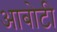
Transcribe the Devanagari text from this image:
आबोटी